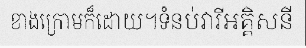
ខាងក្រោមក៏ដោយ។ទំនប់វារីអគ្គិសនី